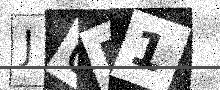
Text: J0R1